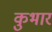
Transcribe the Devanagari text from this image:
कुभार